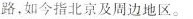
路。如今指北京及周边地区。